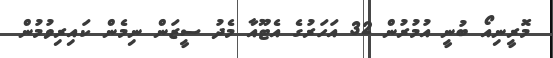
މޮރީނިއޯ ބުނީ އުމުރުން 32 އަހަރުގެ އެޓޫއާ މެދު ސީޒަން ނިމެން ކައިރިވުމުން